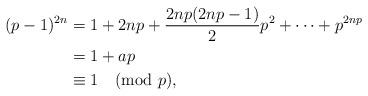
LaTeX: \begin{align*}(p-1)^{2n} &=1+2np+\frac{2np(2np-1)}{2}p^2 +\dots+p^{2np}\\&=1+ap \\&\equiv 1 \pmod{p}, \end{align*}